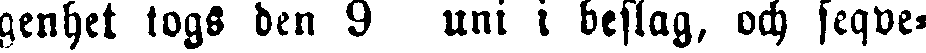
genhet togs den 9 uni i beslag, och seqve-